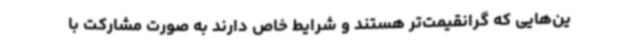
ین‌هایی که گرانقیمت‌تر هستند و شرایط خاص دارند به صورت مشارکت با